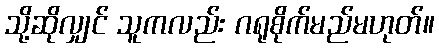
သို့ဆိုလျှင် သူကလည်း ဂရုစိုက်မည်မဟုတ်။